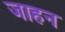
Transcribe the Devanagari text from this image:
जाहन